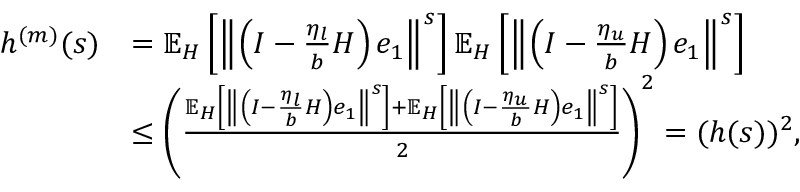
\begin{array} { r l } { h ^ { ( m ) } ( s ) } & { = \mathbb { E } _ { H } \left[ \left\Vert \left( I - \frac { \eta _ { l } } { b } H \right) e _ { 1 } \right\Vert ^ { s } \right] \mathbb { E } _ { H } \left[ \left\Vert \left( I - \frac { \eta _ { u } } { b } H \right) e _ { 1 } \right\Vert ^ { s } \right] } \\ & { \leq \left( \frac { \mathbb { E } _ { H } \left[ \left\Vert \left( I - \frac { \eta _ { l } } { b } H \right) e _ { 1 } \right\Vert ^ { s } \right] + \mathbb { E } _ { H } \left[ \left\Vert \left( I - \frac { \eta _ { u } } { b } H \right) e _ { 1 } \right\Vert ^ { s } \right] } { 2 } \right) ^ { 2 } = ( h ( s ) ) ^ { 2 } , } \end{array}